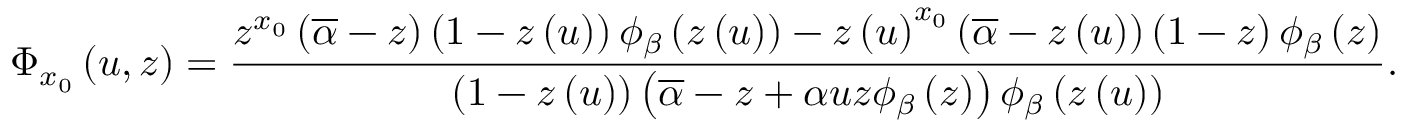
\Phi _ { x _ { 0 } } \left( u , z \right) = \frac { z ^ { x _ { 0 } } \left( \overline { { \alpha } } - z \right) \left( 1 - z \left( u \right) \right) \phi _ { \beta } \left( z \left( u \right) \right) - z \left( u \right) ^ { x _ { 0 } } \left( \overline { { \alpha } } - z \left( u \right) \right) \left( 1 - z \right) \phi _ { \beta } \left( z \right) } { \left( 1 - z \left( u \right) \right) \left( \overline { { \alpha } } - z + \alpha u z \phi _ { \beta } \left( z \right) \right) \phi _ { \beta } \left( z \left( u \right) \right) } .